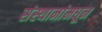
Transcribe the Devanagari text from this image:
संस्थानांमधून